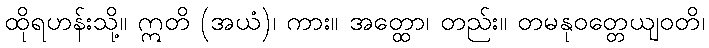
ထိုရဟန်းသို့။ ဣတိ (အယံ)၊ ကား။ အတ္ထော၊ တည်း။ တမနုဝတ္တေယျဝတိ၊